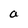
Character: a